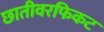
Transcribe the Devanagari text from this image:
छातीवरफिकट